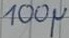
Text: 100µ